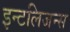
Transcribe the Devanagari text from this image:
इन्टलिजन्स